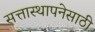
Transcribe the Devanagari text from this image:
सत्तास्थापनेसाठी